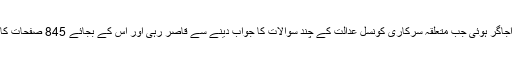
سپریم کورٹ کی برہمی اس وقت اجاگر ہوئی جب متعلقہ سرکاری کونسل عدالت کے چند سوالات کا جواب دینے سے قاصر رہی اور اس کے بجائے 845 صفحات کا حلف نامہ اس نے داخل کرنا چاہا۔